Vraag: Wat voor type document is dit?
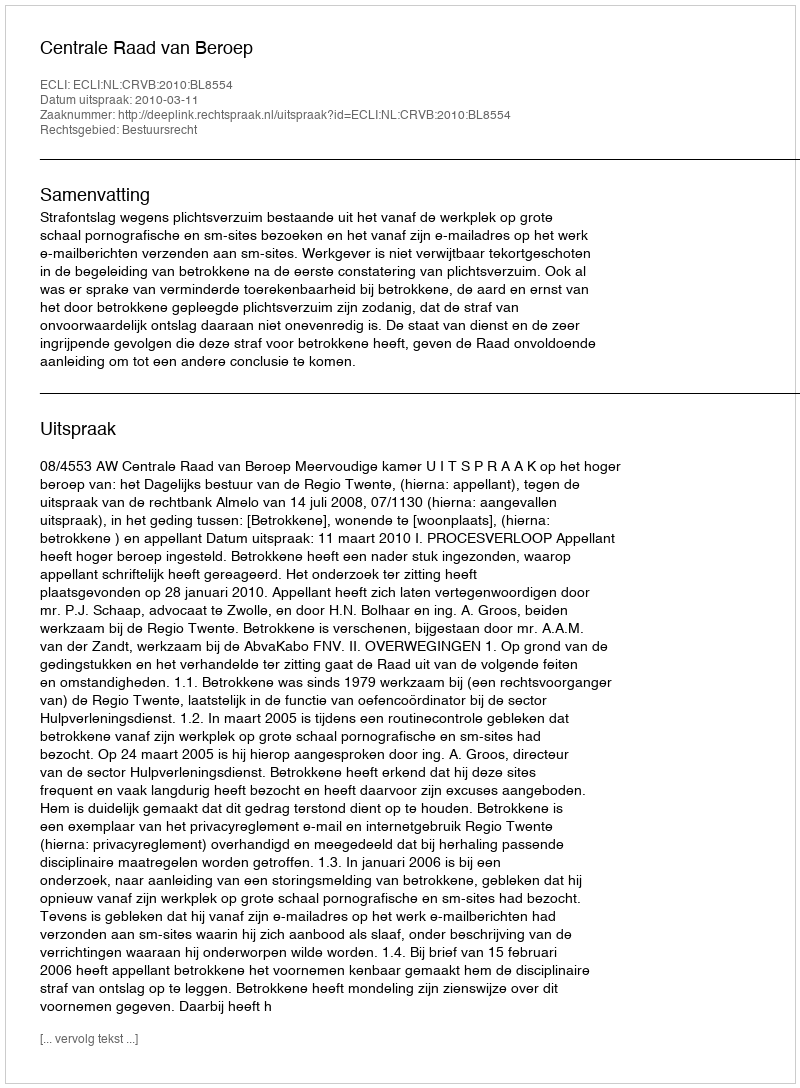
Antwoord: Uitspraak